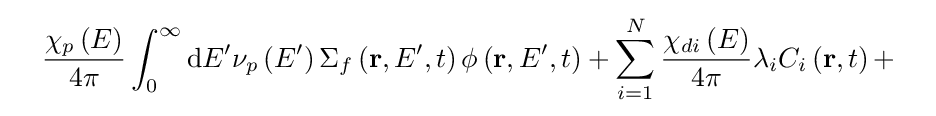
\quad {\frac {\chi _{p}\left(E\right)}{4\pi }}\int _{0}^{\infty }\mathrm {d} E^{\prime }\nu _{p}\left(E^{\prime }\right)\Sigma _{f}\left(\mathbf {r} ,E^{\prime },t\right)\phi \left(\mathbf {r} ,E^{\prime },t\right)+\sum _{i=1}^{N}{\frac {\chi _{di}\left(E\right)}{4\pi }}\lambda _{i}C_{i}\left(\mathbf {r} ,t\right)+\quad